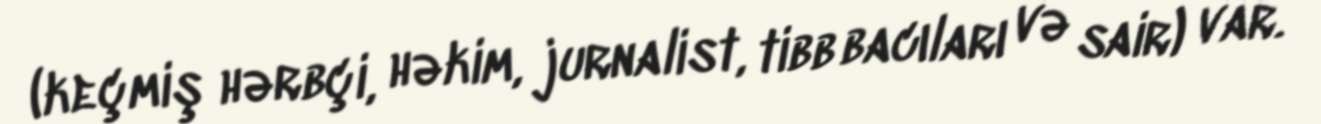
(keçmiş hərbçi, həkim, jurnalist, tibb bacıları və sair) var.